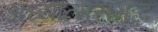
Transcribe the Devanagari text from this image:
अध्यात्मसमृद्ध